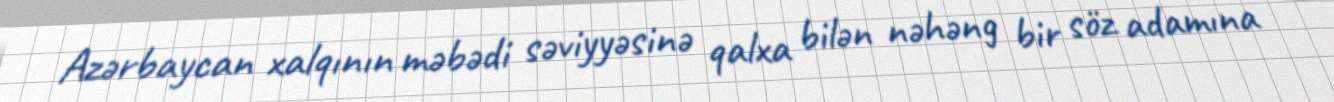
Azərbaycan xalqının məbədi səviyyəsinə qalxa bilən nəhəng bir söz adamına